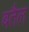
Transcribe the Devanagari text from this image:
बतैल